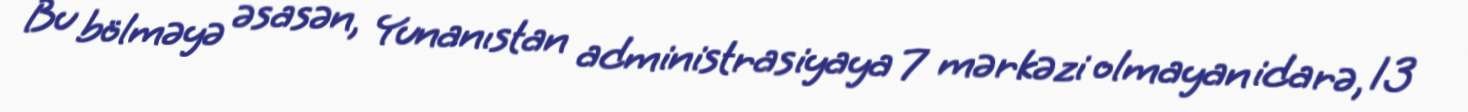
Bu bölməyə əsasən, Yunanıstan administrasiyaya 7 mərkəzi olmayan idarə, 13